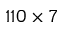
1 1 0 \times 7